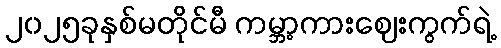
၂၀၂၅ခုနှစ်မတိုင်မီ ကမ္ဘာ့ကားဈေးကွက်ရဲ့